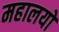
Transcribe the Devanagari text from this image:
महालयों